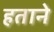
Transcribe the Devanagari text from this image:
हताने